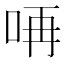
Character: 𠱻